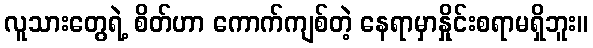
လူသားတွေရဲ့ စိတ်ဟာ ကောက်ကျစ်တဲ့ နေရာမှာနှိုင်းစရာမရှိဘူး။